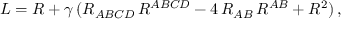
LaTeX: { \cal L } = R + \gamma \, ( R _ { A B C D } \, R ^ { A B C D } - 4 \, R _ { A B } \, R ^ { A B } + R ^ { 2 } ) \, ,